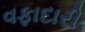
વફાદારી